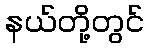
နယ်တို့တွင်